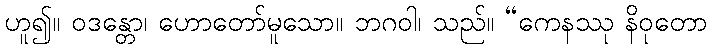
ဟူ၍။ ဝဒန္တော၊ ဟောတော်မူသော။ ဘဂဝါ၊ သည်။ “ကေနဿု နိဝုတော